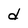
Character: d